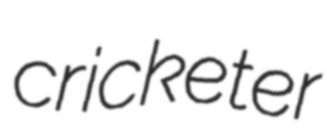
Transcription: cricketer